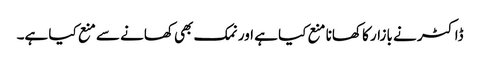
ڈاکٹر نے بازار کا کھانا منع کیا ہے اور نمک بھی کھانے سے منع کیا ہے۔